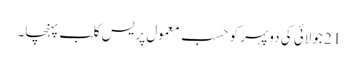
21 جولائی کی دوپہر کو حسبِ معمول پریس کلب پہنچا۔